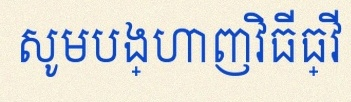
សូមបង្ហាញវិធីធ្វើ